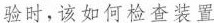
验时，该如何检查装置